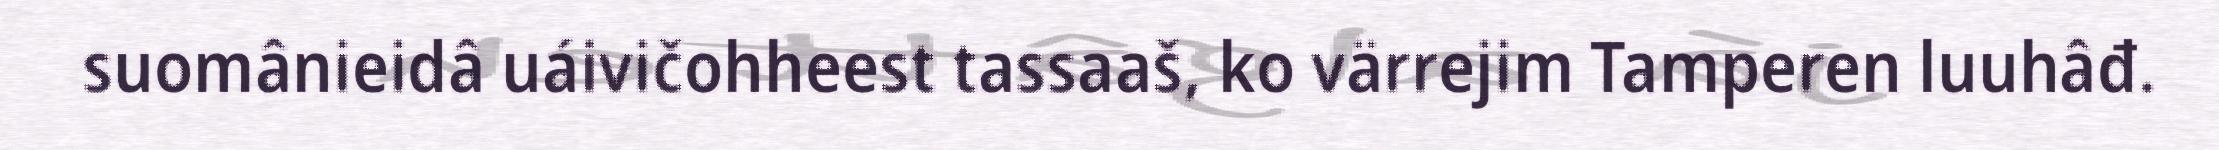
suomânieidâ uáivičohheest tassaaš, ko värrejim Tamperen luuhâđ.